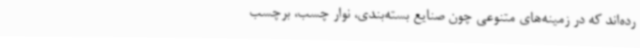
رده‌اند که در زمینه‌های متنوعی چون صنایع بسته‌بندی، نوار چسب، برچسب